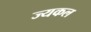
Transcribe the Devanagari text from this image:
ज्यकल